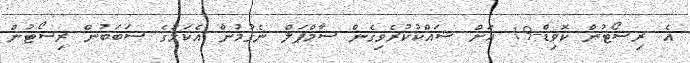
އެ ރިސޯޓުން ކޮވިޑް-19 އަށް ޝައްކުކުރެވިގެން ސާމްޕަލް ނެގުމުން އެކަމުގެ ސަބަބުން ރިސޯޓުން